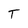
Character: T